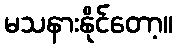
မသနားနိုင်တော့။